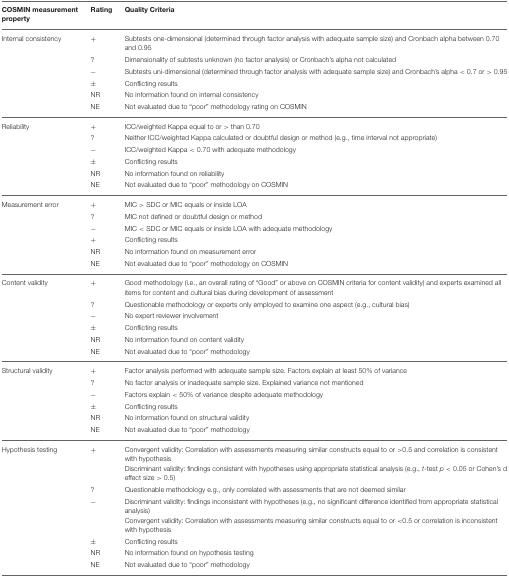
<table><thead><tr><td><b>COSMIN measurement property</b></td><td><b>Rating</b></td><td><b>Quality Criteria</b></td></tr></thead><tbody><tr><td>Internal consistency</td><td>+</td><td>Subtests one-dimensional (determined through factor analysis with adequate sample size) and Cronbach alpha between 0.70 and 0.95</td></tr><tr><td></td><td>?</td><td>Dimensionality of subtests unknown (no factor analysis) or Cronbach&#x27;s alpha not calculated</td></tr><tr><td></td><td>−</td><td>Subtests uni-dimensional (determined through factor analysis with adequate sample size) and Cronbach&#x27;s alpha &lt; 0.7 or &gt; 0.95</td></tr><tr><td></td><td>±</td><td>Conflicting results</td></tr><tr><td></td><td>NR</td><td>No information found on internal consistency</td></tr><tr><td></td><td>NE</td><td>Not evaluated due to “poor” methodology rating on COSMIN</td></tr><tr><td>Reliability</td><td>+</td><td>ICC/weighted Kappa equal to or &gt; than 0.70</td></tr><tr><td></td><td>?</td><td>Neither ICC/weighted Kappa calculated or doubtful design or method (e.g., time interval not appropriate)</td></tr><tr><td></td><td>−</td><td>ICC/weighted Kappa &lt; 0.70 with adequate methodology</td></tr><tr><td></td><td>±</td><td>Conflicting results</td></tr><tr><td></td><td>NR</td><td>No information found on reliability</td></tr><tr><td></td><td>NE</td><td>Not evaluated due to “poor” methodology on COSMIN</td></tr><tr><td>Measurement error</td><td>+</td><td>MIC &gt; SDC or MIC equals or inside LOA</td></tr><tr><td></td><td>?</td><td>MIC not defined or doubtful design or method</td></tr><tr><td></td><td>−</td><td>MIC &lt; SDC or MIC equals or inside LOA with adequate methodology</td></tr><tr><td></td><td>+</td><td>Conflicting results</td></tr><tr><td></td><td>NR</td><td>No information found on measurement error</td></tr><tr><td></td><td>NE</td><td>Not evaluated due to “poor” methodology on COSMIN</td></tr><tr><td>Content validity</td><td>+</td><td>Good methodology (i.e., an overall rating of “Good” or above on COSMIN criteria for content validity) and experts examined all items for content and cultural bias during development of assessment</td></tr><tr><td></td><td>?</td><td>Questionable methodology or experts only employed to examine one aspect (e.g., cultural bias)</td></tr><tr><td></td><td>−</td><td>No expert reviewer involvement</td></tr><tr><td></td><td>±</td><td>Conflicting results</td></tr><tr><td></td><td>NR</td><td>No information found on content validity</td></tr><tr><td></td><td>NE</td><td>Not evaluated due to “poor” methodology</td></tr><tr><td>Structural validity</td><td>+</td><td>Factor analysis performed with adequate sample size. Factors explain at least 50% of variance</td></tr><tr><td></td><td>?</td><td>No factor analysis or inadequate sample size. Explained variance not mentioned</td></tr><tr><td></td><td>−</td><td>Factors explain &lt; 50% of variance despite adequate methodology</td></tr><tr><td></td><td>±</td><td>Conflicting results</td></tr><tr><td></td><td>NR</td><td>No information found on structural validity</td></tr><tr><td></td><td>NE</td><td>Not evaluated due to “poor” methodology</td></tr><tr><td>Hypothesis testing</td><td>+</td><td>Convergent validity: Correlation with assessments measuring similar constructs equal to or &gt;0.5 and correlation is consistent with hypothesisDiscriminant validity: findings consistent with hypotheses using appropriate statistical analysis (e.g., <i>t</i>-test <i>p</i> &lt; 0.05 or Cohen&#x27;s d effect size &gt; 0.5)</td></tr><tr><td></td><td>?</td><td>Questionable methodology e.g., only correlated with assessments that are not deemed similar</td></tr><tr><td></td><td>−</td><td>Discriminant validity: findings inconsistent with hypotheses (e.g., no significant difference identified from appropriate statistical analysis) Convergent validity: Correlation with assessments measuring similar constructs equal to or &lt; 0.5 or correlation is inconsistent with hypothesis</td></tr><tr><td></td><td>±</td><td>Conflicting results</td></tr><tr><td></td><td>NR</td><td>No information found on hypothesis testing</td></tr><tr><td></td><td>NE</td><td>Not evaluated due to “poor” methodology</td></tr></tbody></table>